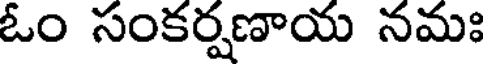
ఓం సంకర్షణాయ నమః